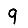
Digit: 9